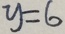
y = 6